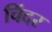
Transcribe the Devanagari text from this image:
चिंदर